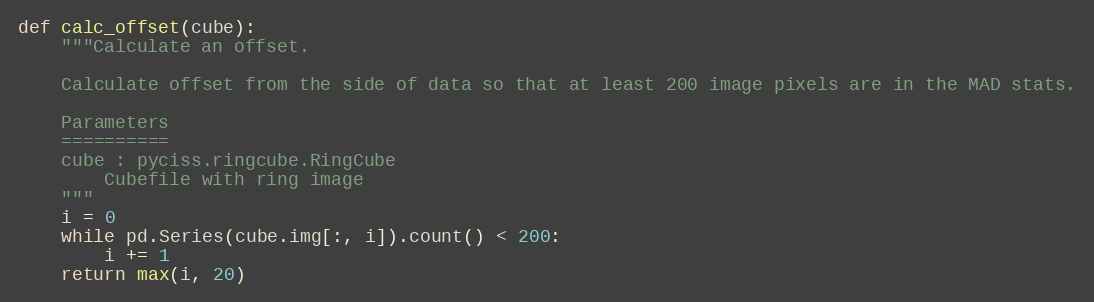
Language: Python
def calc_offset(cube):
    """Calculate an offset.

    Calculate offset from the side of data so that at least 200 image pixels are in the MAD stats.

    Parameters
    ==========
    cube : pyciss.ringcube.RingCube
        Cubefile with ring image
    """
    i = 0
    while pd.Series(cube.img[:, i]).count() < 200:
        i += 1
    return max(i, 20)